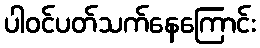
ပါဝင်ပတ်သက်နေကြောင်း